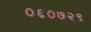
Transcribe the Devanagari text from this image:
०६०७२९